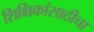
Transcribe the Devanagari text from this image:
शिक्षिकांसाठीचा